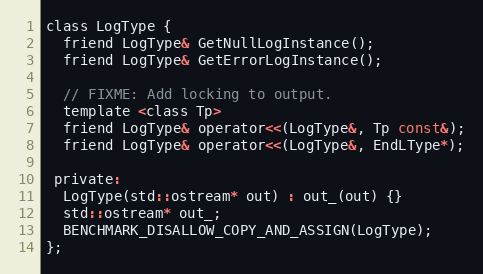
Language: C
class LogType {
  friend LogType& GetNullLogInstance();
  friend LogType& GetErrorLogInstance();

  // FIXME: Add locking to output.
  template <class Tp>
  friend LogType& operator<<(LogType&, Tp const&);
  friend LogType& operator<<(LogType&, EndLType*);

 private:
  LogType(std::ostream* out) : out_(out) {}
  std::ostream* out_;
  BENCHMARK_DISALLOW_COPY_AND_ASSIGN(LogType);
};